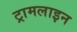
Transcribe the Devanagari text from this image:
ट्रामलाइन